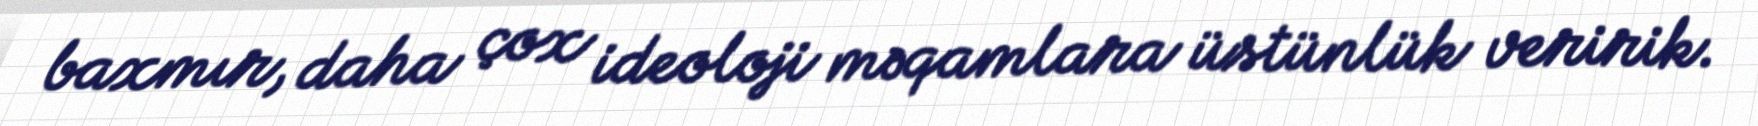
baxmır, daha çox ideoloji məqamlara üstünlük veririk.